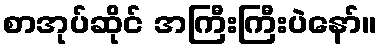
စာအုပ်ဆိုင် အကြီးကြီးပဲနော်။